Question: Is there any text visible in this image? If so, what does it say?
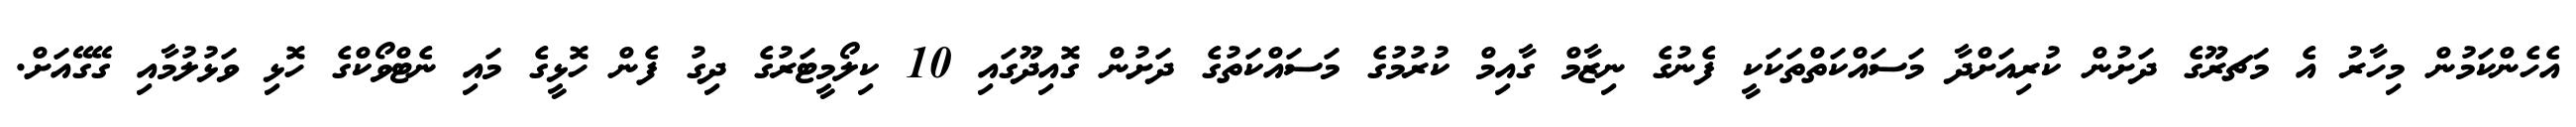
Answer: އެހެންކަމުން މިހާރު އެ މަޗރޫގެ ދަށުން ކުރިއަށްދާ މަސައްކަތްތަކަކީ ފެނުގެ ނިޒާމް ގާއިމް ކުރުމުގެ މަސައްކަތުގެ ދަށުން ގޮއިދޫގައި 10 ކިލޯމީޓަރުގެ ދިގު ފެން ހޮޅީގެ މައި ނެޓްވޯކްގެ ހޮޅި ވަޅުލުމާއި ގޭގޭއަށް.